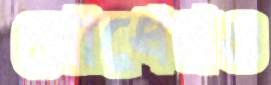
রোধেরও